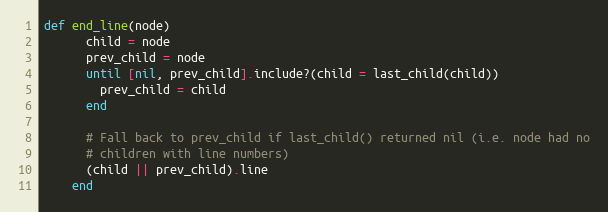
Language: Ruby
def end_line(node)
      child = node
      prev_child = node
      until [nil, prev_child].include?(child = last_child(child))
        prev_child = child
      end

      # Fall back to prev_child if last_child() returned nil (i.e. node had no
      # children with line numbers)
      (child || prev_child).line
    end